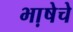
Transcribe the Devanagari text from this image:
भा़षेचे